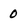
Character: 0